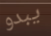
يبدو